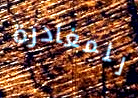
للمغادرة